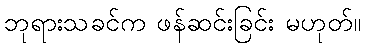
ဘုရားသခင်က ဖန်ဆင်းခြင်း မဟုတ်။